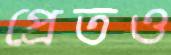
প্রেতও